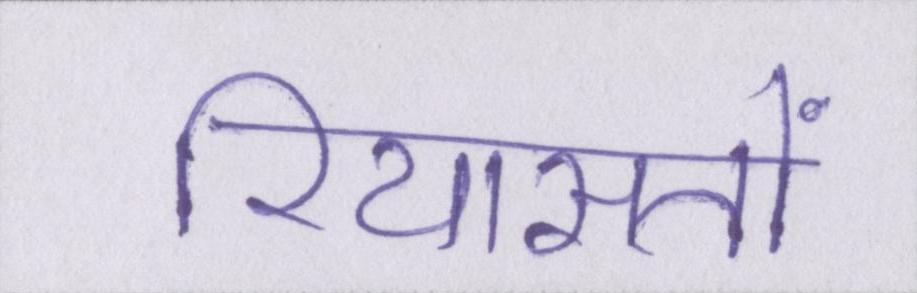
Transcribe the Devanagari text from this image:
रियासतों